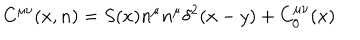
C ^ { \mu \nu } ( x , n ) = S ( x ) n ^ { \mu } n ^ { \mu } \delta ^ { 2 } ( x - y ) + C _ { 0 } ^ { \mu \nu } ( x )